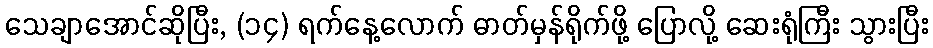
သေချာအောင်ဆိုပြီး, (၁၄) ရက်နေ့လောက် ဓာတ်မှန်ရိုက်ဖို့ ပြောလို့ ဆေးရုံကြီး သွားပြီး